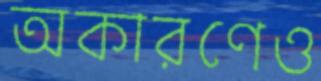
অকারণেও